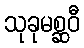
သုခုမစ္ဆဝီ